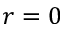
r = 0